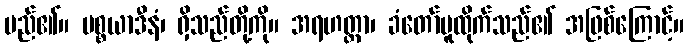
မည်၏။ ပစ္စယာဒီနံ၊ ရှိသည်တို့ကို။ အရဟတ္တာ၊ ခံတော်မူထိုက်သည်၏ အဖြစ်ကြောင့်။